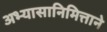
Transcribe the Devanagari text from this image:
अभ्यासानिमित्ताने